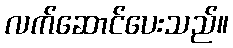
လက်ဆောင်ပေးသည်။